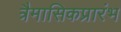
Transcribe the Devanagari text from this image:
त्रैमासिकप्रारंभ